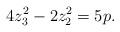
LaTeX: \begin{align*} 4z_{3}^{2} - 2z_{2}^{2} = 5p.\end{align*}